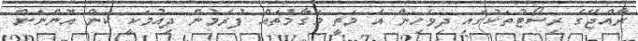
ރާއްޖޭގެ ރިސޯޓުތަކުގައި ދިވެހިން އެ މަތީ މަގާމުތައް ފުރަމުން ދިއުމަކީ ކަން އޮންނަން